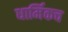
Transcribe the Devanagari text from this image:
धार्मिकच